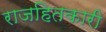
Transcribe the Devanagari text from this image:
राजहितकारी